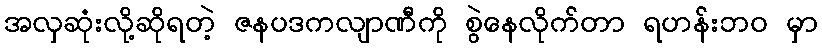
အလှဆုံးလို့ဆိုရတဲ့ ဇနပဒကလျာဏီကို စွဲနေလိုက်တာ ရဟန်းဘဝ မှာ